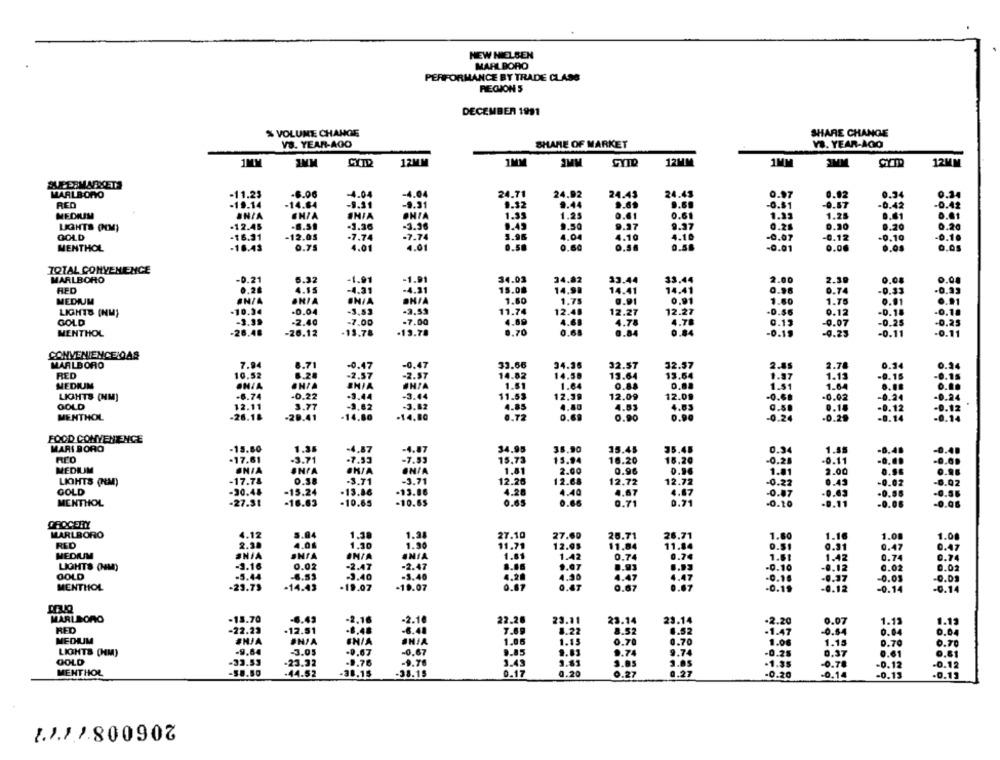
NEW NIELSEN
MARLBORO
PERFORMANCE BY TRADE CLASS
REGION 5
DECEMBER 1991
% VOLUME CHANGE
SHARE CHANGE
VS. YEAR-AGO
SHARE OF MARKET
Y. YEAR-AGO
IMM
CYTD
12MM
1MM
3MM
SYIL
12MM
1MM
3MM
12MM
SUPERMARKETS
MARLBORO
-11.23
-6.06
-4.04
-4.04
24.71
24.92
24.43
24.45
0.97
0.92
0.34
0.3
RED
-19.14
-14.84
-9.31
-9.31
1.32
9.44
-0.81
0.57
-0.42
-0.42
MEDIUM
1.33
1.25
0.41
0.61
1.25
INIA
INIA
ONIA
1.35
0.61
0.01
LIGHTS (IM)
.12.45
-1.26
-3.36
0.43
9.50
9.37
9.97
0.2.
0.30
0.20
0.20
-16.31
-12.05
-7.74
3.96
4.04
4.10
4.10
-0.07
-0.12
-0.10
-0.10
GOLD
-7.74
MENTHOL
-16.43
0.75
4.01
4.01
0.50
0.60
0.56
0.56
-0.01
0.06
0.00
0.05
TOTAL CONVENIENCE
MARLBORO
-0.21
5.32
-1.91
-1.91
34.03
34.82
33.44
33.44
2.00
2.30
0.08
0.00
RPD
0.26
4.15
-4.31
-4.31
15.00
14.99
14.41
14.41
0.96
0.74
-0.33
-0.33
MEDAM
ANIA
ONIA
IN/A
1.80
1.75
0.91
0.91
1.60
1.75
0.91
.. 91
10.34
-0.04
-3,53
-2.53
11.74
12.48
12.27
12.27
D.56
0.12
-0. 18
-0.18
LIGHTS (NM)
-3.39
4.60
4.61
0.13
GOLD
-2.40
-7.00
=7.00
4.78
4.78
-0.07
-0.25
-0.25
MENTHOL
-26,48
-26.12
-13.78
.13.78
0.68
0.84
0.84
0.19
-0.23
-0.11
.0.11
CONVENIENCEIDAS
MARLBORO
7.94
8.71
-0.47
-0.47
33.66
34.36
32.57
32.37
2.85
2.78
0.14
134
RED
10.52
8.28
-2.57
-2.57
13.64
13.54
1.87
1.13
-0. 16
MEDIUM
ONIA
AHIA
SHIA
1.51
1.64
0.84
1.51
1.64
-6.74
-0.22
.3.44
-3.44
11.53
12.39
12.09
12.09
-0.02
-0.24
LIGHTS (NM)
1.40
GOLD
12.11
3.77
-3,82
-3.82
4.85
4.83
4.63
0.18
-0.12
0.12
MENTHOL
-26.18
-20.41
-14,80
.14.80
8.72
0.69
0.90
0.90
-0.24
-0.29
-0.14
-0.14
FOOD CONVENIENCE
MARI BORO
-15.80
1.35
-4.87
-4.87
34.95
38.90
15.45
35.45
1.55
0.34
-17.61
-3.71
-7.53
-7.53
15.73
15.94
16.20
18.20
-0.21
-0.11
MEDIUM
ONIA
IN/A
1.81
2.00
0.96
0.96
1.81
2.00
-17.78
0.38
-3.71
12.68
12.72
LIGHTS (HEM)
-3.71
12.26
12.72
-0.22
0.43
0.02
-6.02
GOLD
-30.48
-15.24
.13.86
-13.86
4.2
4.40
4.67
4.87
-0.87
0.63
0.56
-0.56
MENTHOL
0.65
0.71
-27.31
-16.63
-10.65
-10.65
0.66
0.71
-0.10
.0.06
-0.08
CROCEITY
MARLBORO
4.12
5.04
1,38
1.3
27.10
27.60
25.71
26.71
1.80
1.16
1.08
1.08
RED
2.38
4.06
1.30
1.90
11.71
12.05
11.84
0.51
0.31
0.47
0.47
MEDIUM
#NIA
IN/A
UNIA
1.61
1.42
0.74
1.51
0.74
0.74
LIGHTS (IM)
-3.16
0.02
-2.47
-2.47
9.07
0.93
-0.10
-0.12
0.02
0.02
GOLD
-5.44
-6.59
-3.40
-3.40
4.20
4.90
4.47
4.47
-0.16
0.37
-0.03
.O.D.
MENTHOL
0.67
0.47
0.67
-23.73
-14.43
-19.07
-19.07
0.67
.0.19
0.12
-0.14
-C.14
MARLBORO
-13.70
-6.43
-2.16
-2.1€
22.28
23.11
23.14
23.14
-2.20
0.07
1.13
1.13
RED
-22.23
.12.51
-8.48
-6.40
7.69
8.22
8.52
6.52
-1.47
-0.84
0.04
0.04
MEDIUM
#HJA
CHIA
NIA
1.05
1.15
0.70
0.70
1.08
1.15
0.70
0.70
LIGHTS (HM)
-9.64
-3.05
-0.67
-0,67
9.85
9.83
9.74
9.74
-0.25
0.37
0.61
0.81
GOLD
-33.53
-23.32
-8.76
-9.76
3.43
3.81
3.05
3.05
-1.35
-0.78
-0.12
-0.12
MENTHOL
-58.50
.44.52
-30.15
-38.15
0.17
0.20
0.27
0.27
-0.20
-0.14
-0.13
.0.13
1.1.11.800907